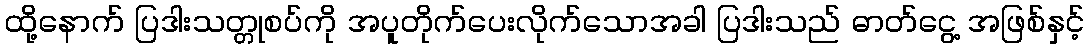
ထို့နောက် ပြဒါးသတ္တုစပ်ကို အပူတိုက်ပေးလိုက်သောအခါ ပြဒါးသည် ဓာတ်ငွေ့ အဖြစ်နှင့်